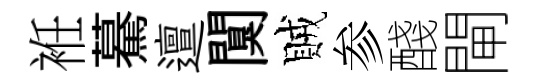
袵驀邅闃賊参醆閘